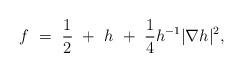
LaTeX: \begin{align*} f\ = \ \frac 12\ +\ h\ +\ \frac 14 h^{-1}\lvert \nabla h \rvert^2,\end{align*}